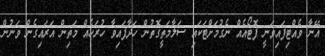
އޭނާ ވެއްޓިފައިވަނީ ފޮޓޯއެއް ނެގުމަށްޓަކައި ސަލާމަތީގޮތުން ހަދާފައިވާ ހުރަހެއް މަތިން އަރައިގެން ވަނުން